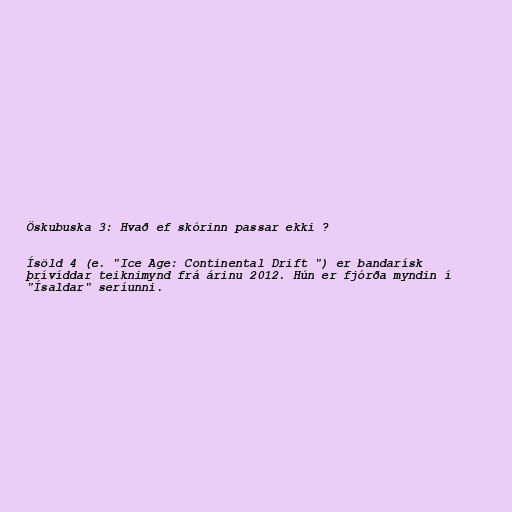
Öskubuska 3: Hvað ef skórinn passar ekki ?

Ísöld 4 (e. "Ice Age: Continental Drift ") er bandarísk
þrívíddar teiknimynd frá árinu 2012. Hún er fjórða myndin í
"Ísaldar" seríunni.